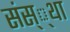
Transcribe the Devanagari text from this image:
संस््था